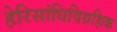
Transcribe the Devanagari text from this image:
हेरिसांधिविग्रहिक